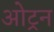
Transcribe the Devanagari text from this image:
ओट्रन